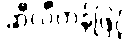
ဆီလီကွန်ဖြင့်